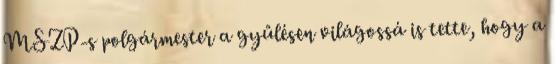
MSZP-s polgármester a gyűlésen világossá is tette, hogy a